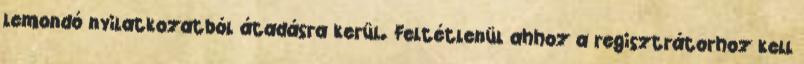
lemondó nyilatkozatból átadásra kerül. Feltétlenül ahhoz a regisztrátorhoz kell